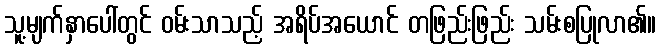
သူ့မျက်နှာပေါ်တွင် ဝမ်းသာသည့် အရိပ်အယောင် တဖြည်းဖြည်း သမ်းစပြုလာ၏။